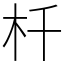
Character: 杄